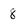
Character: 8